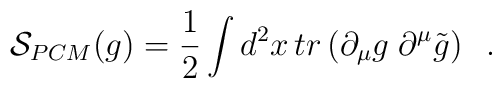
{\cal S}_{PCM}(g)= {\frac{1}{2}} \int d^2 x \,tr \left( \partial_\mu g\;\partial^\mu \tilde{g} \right)\;\;.